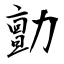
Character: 勯